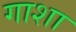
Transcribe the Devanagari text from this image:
गाशा